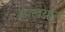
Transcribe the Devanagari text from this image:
आखयान